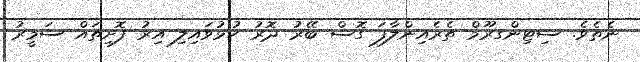
ނެތެވެ. ސިޓިންގރޫމް ތެރެއިންލާފަ ގޮސް ބޭރު ދޮރު ހުޅުވައިލި އިރު ފޮށިތައް ސަމީރު